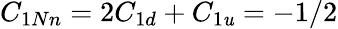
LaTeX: C_{1Nn}=2C_{1d}+C_{1\mathit{u}}=-1/2